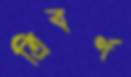
ত্রিবর্ণ